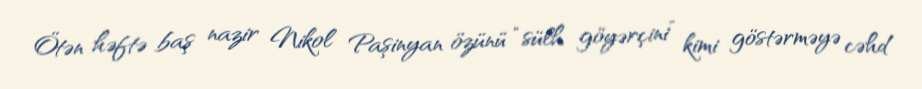
Ötən həftə baş nazir Nikol Paşinyan özünü “sülh göyərçini” kimi göstərməyə cəhd